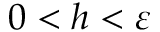
0 < h < \varepsilon